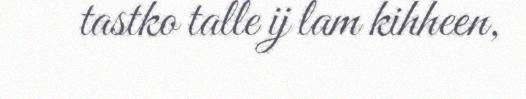
tastko talle ij lam kihheen,